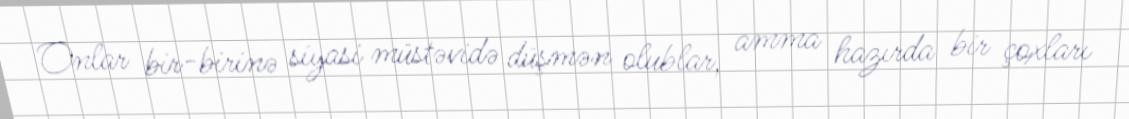
Onlar bir-birinə siyasi müstəvidə düşmən olublar, amma hazırda bir çoxları